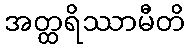
အတ္ထရိဿာမီတိ